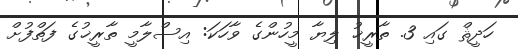
ހަދީޘް ގައި 3. ތާރީޚު ލިޔާ މީހުންގެ ވާހަކަ: އިސްލާމީ ތާރީޚުގެ ފަތްފުށް